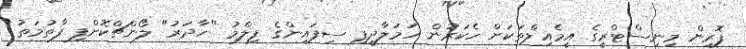
ފޮރިން މިނިސްޓްރީގެ އީމެއިލްތަކަށް ހެކަރުން ހަމަލާދީފި ސިފައިންގެ ފިލްމު "ހާދަރު" ލޯންޗްކޮށްފި ފާތުމަތު